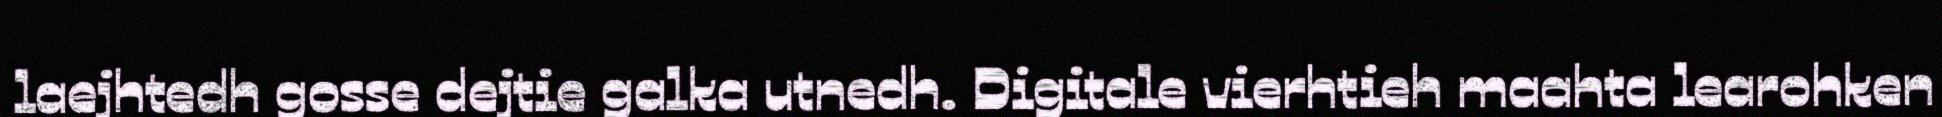
laejhtedh gosse dejtie galka utnedh. Digitale vierhtieh maahta learohken